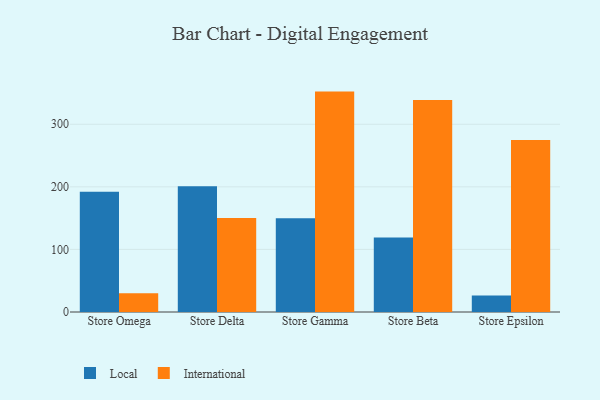
{"axis": {"x": "Store", "y": "Market Share (%)"}, "legend": ["International", "Local"], "data": [{"x": "Store Omega", "y": 192.0, "type": "Local"}, {"x": "Store Omega", "y": 30.0, "type": "International"}, {"x": "Store Delta", "y": 200.9, "type": "Local"}, {"x": "Store Delta", "y": 150.4, "type": "International"}, {"x": "Store Gamma", "y": 150.0, "type": "Local"}, {"x": "Store Gamma", "y": 352.2, "type": "International"}, {"x": "Store Beta", "y": 119.2, "type": "Local"}, {"x": "Store Beta", "y": 338.8, "type": "International"}, {"x": "Store Epsilon", "y": 26.5, "type": "Local"}, {"x": "Store Epsilon", "y": 275.0, "type": "International"}]}